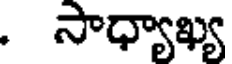
. సాధ్యాఖ్య